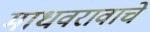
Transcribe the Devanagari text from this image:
माधवरावाचे